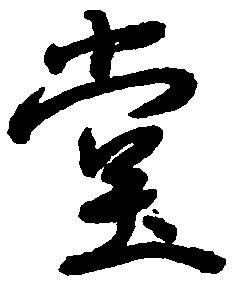
堂